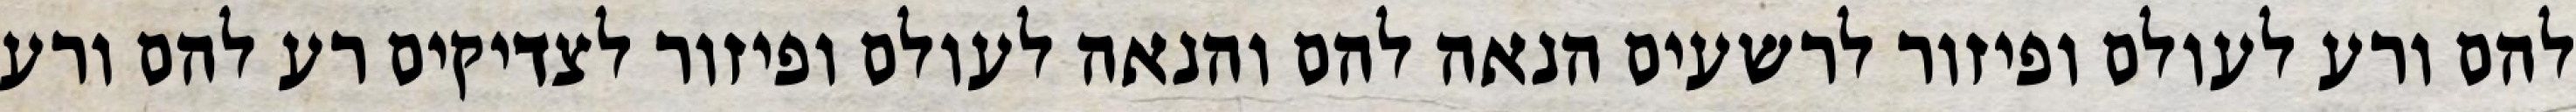
להם ורע לעולם ופיזור לרשעים הנאה להם והנאה לעולם ופיזור לצדיקים רע להם ורע